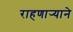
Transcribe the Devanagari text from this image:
राहणार्‍याने